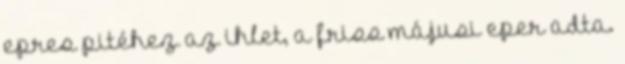
epres pitéhez az ihlet, a friss májusi eper adta.